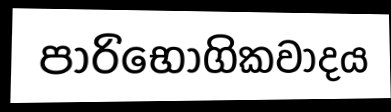
පාරිභෝගිකවාදය